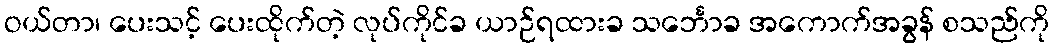
ဝယ်တာ၊ ပေးသင့် ပေးထိုက်တဲ့ လုပ်ကိုင်ခ ယာဉ်ရထားခ သင်္ဘောခ အကောက်အခွန် စသည်ကို